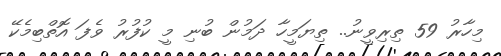
މިހާރު 59 ތިރިވީނު.. ތިޔަމީހާ ދަމުން ބުނި މީ ކުފުރު ވެފަ އޮތްބިމެކޭ